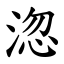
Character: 淴